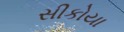
સીકોયા